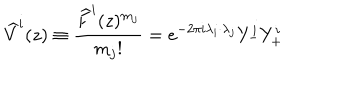
\widehat { V } ^ { i } ( z ) \equiv \frac { \widehat { F } ^ { i } ( z ) ^ { m _ { j } } } { m _ { j } ! } = e ^ { - 2 \pi i \lambda _ { i } \cdot \lambda _ { j } } Y _ { - } ^ { i } Y _ { + } ^ { i }